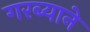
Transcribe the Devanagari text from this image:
गरब्याने